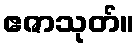
ဧဇာသုတ်။